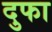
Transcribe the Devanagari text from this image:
दुफा